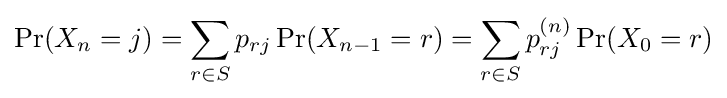
\Pr(X_{n}=j)=\sum _{r\in S}p_{rj}\Pr(X_{n-1}=r)=\sum _{r\in S}p_{rj}^{(n)}\Pr(X_{0}=r)